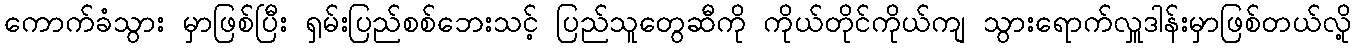
ကောက်ခံသွား မှာဖြစ်ပြီး ရှမ်းပြည်စစ်ဘေးသင့် ပြည်သူတွေဆီကို ကိုယ်တိုင်ကိုယ်ကျ သွားရောက်လှူဒါန်းမှာဖြစ်တယ်လို့